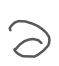
Text: a
Cross-out: clean
Writing tool: digital_gray